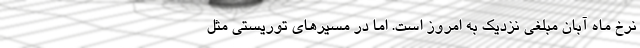
نرخِ ماهِ آبان مبلغی نزدیک به امروز است. اما در مسیرهای توریستی مثل